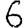
Digit: 6